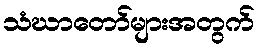
သံဃာတော်များအတွက်